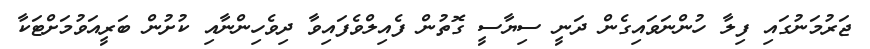
ޖަރުމަނުގައި ފިލާ ހުންނަވައިގެން ދަނީ ސިޔާސީ ގޮތުން ފެއިލްވެފައިވާ ދިވެހިންނާއި ކުށުން ބަރީއަވުމަށްޓަކާ